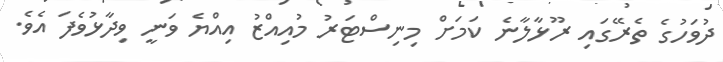
ދުވަހުގެ ތެރޭގައި ރޫޅާލާނެ ކަމަށް މިނިސްޓަރު މުއިއްޒު އިއްޔެ ވަނީ ވިދާޅުވެފަ އެވެ.